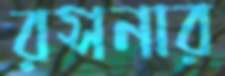
রসনার